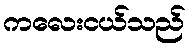
ကလေးငယ်သည်